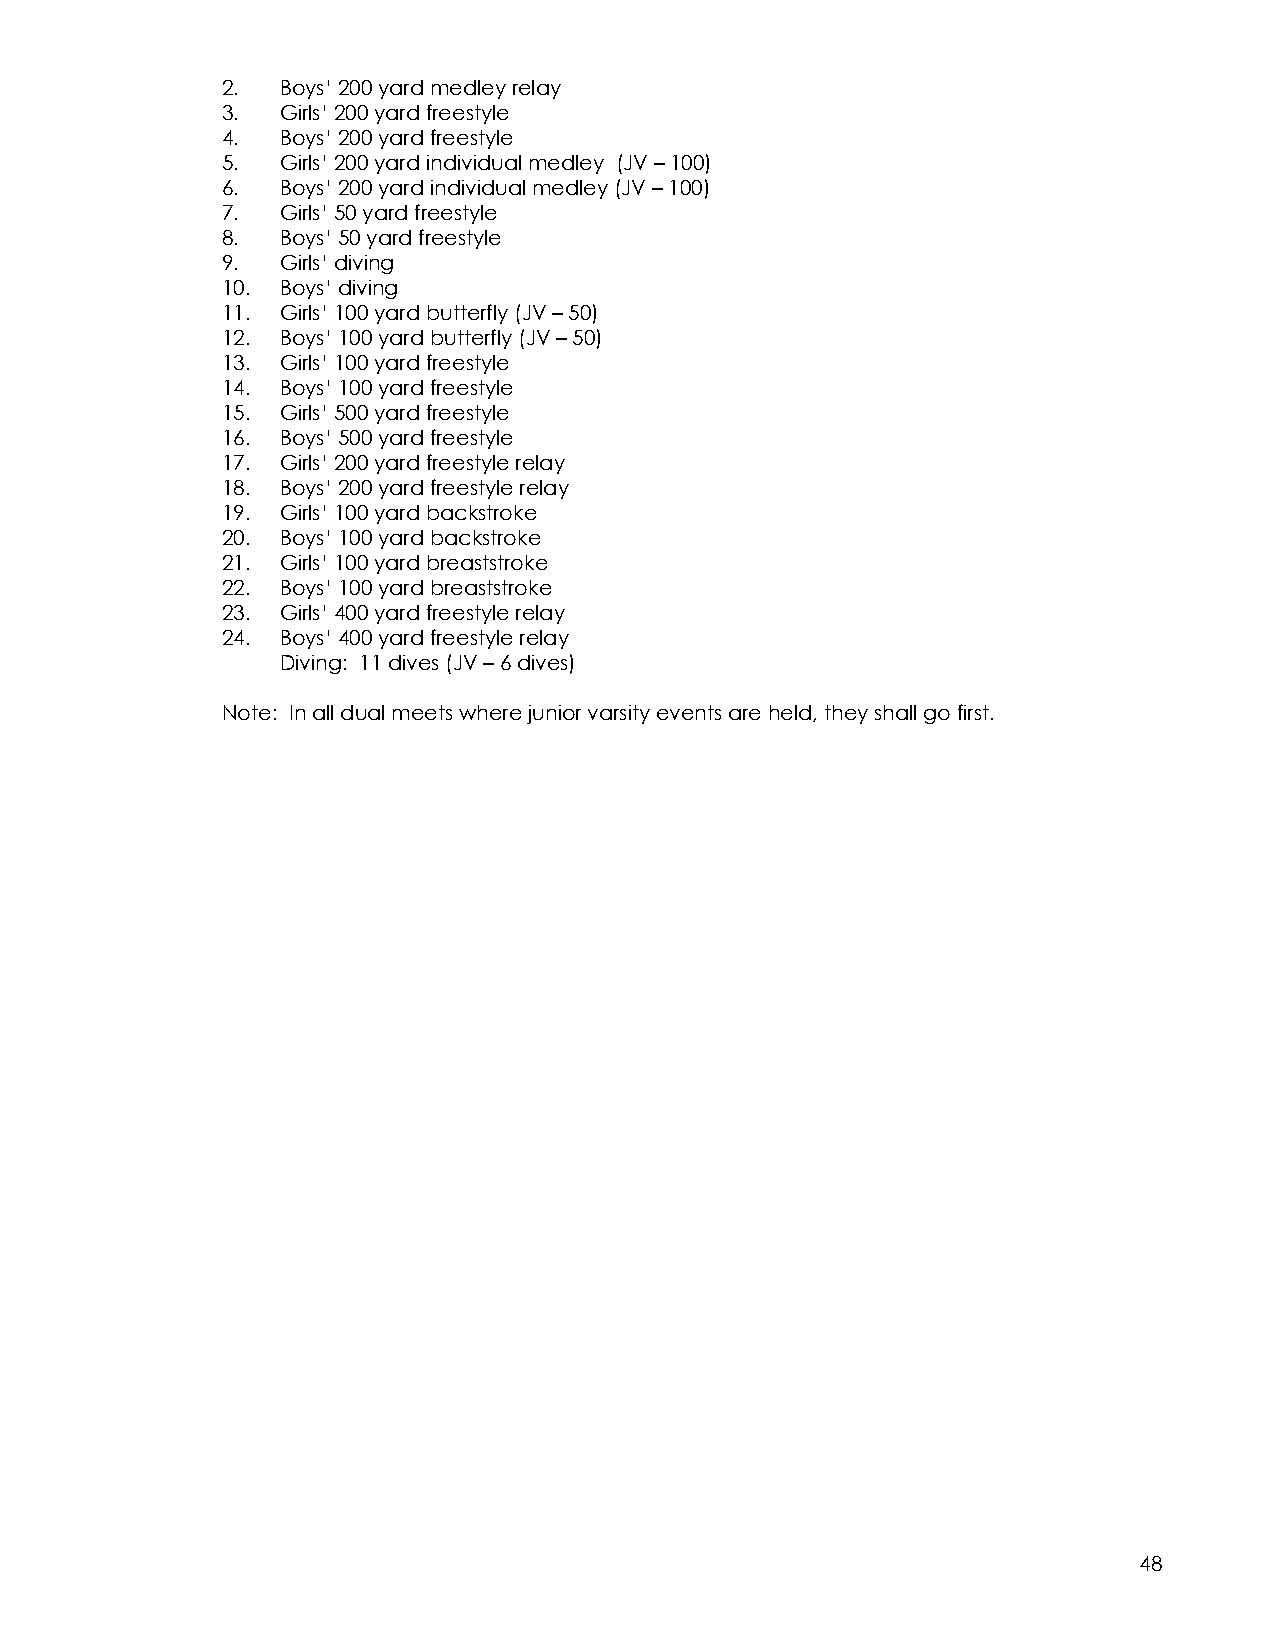
2.  Boys’ 200 yard medley relay
 3.  Girls’ 200 yard freestyle
 4.  Boys’ 200 yard freestyle
 5.  Girls’ 200 yard individual medley (JV – 100)
 6.  Boys’ 200 yard individual medley (JV – 100)
 7.  Girls’ 50 yard freestyle
 8.  Boys’ 50 yard freestyle
 9.  Girls’ diving
 10. Boys’ diving
 11. Girls’ 100 yard butterfly (JV – 50)
 12. Boys’ 100 yard butterfly (JV – 50)
 13. Girls’ 100 yard freestyle
 14. Boys’ 100 yard freestyle
 15. Girls’ 500 yard freestyle
 16. Boys’ 500 yard freestyle
 17. Girls’ 200 yard freestyle relay
 18. Boys’ 200 yard freestyle relay
 19. Girls’ 100 yard backstroke
 20. Boys’ 100 yard backstroke
 21. Girls’ 100 yard breaststroke
 22. Boys’ 100 yard breaststroke
 23. Girls’ 400 yard freestyle relay
 24. Boys’ 400 yard freestyle relay
 Diving: 11 dives (JV – 6 dives)
 Note: In all dual meets where junior varsity events are held, they shall go first.
 48